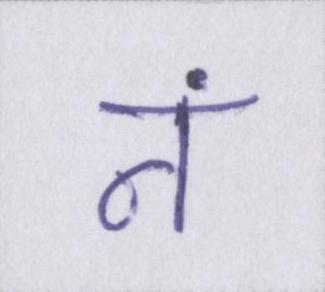
नं